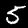
Label: 5